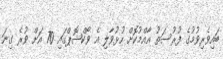
ބައިވެރިވުމުގެ ފުރުސަތު އާއްމުކޮށް ހުޅުވާލި އެ ވޯކްޝޮޕްގައި 70 އަށް ވުރެ ގިނަ